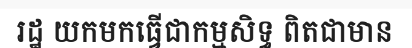
រដ្ឋ យកមកធ្វើជាកម្មសិទ្ធ ពិតជាមាន